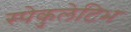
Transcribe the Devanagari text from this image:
स्पेकुलेटिभ